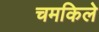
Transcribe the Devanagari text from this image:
चमकिले